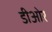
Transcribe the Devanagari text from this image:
डीओर